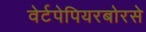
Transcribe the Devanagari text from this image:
वेर्टपेपियरबोरसे